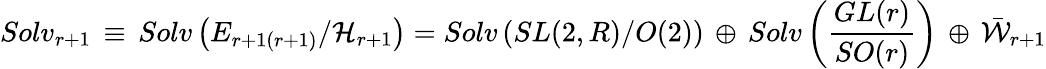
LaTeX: Solv_{r+1}\, \equiv\, Solv\left(E_{r+1(r+1)}/{\cal H}_{r+1}\right)=Solv\left(SL(2,R)/O(2)\right)\, \oplus\, Solv\left(\frac{GL(r)}{SO(r)}\right)\, \oplus\, {\bar{\cal W}}_{r+1}